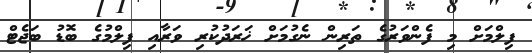
ފިލްމަށް މި ފެންވަރުގެ ތަރިން ނެގުމަށް ޚަރަދުކުރި ވަރާއި ފިލްމުގެ ބޮޑު ބަޖެޓް